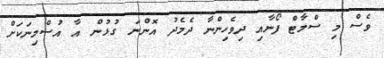
ވެސް މި ސްމާޓް ފޯނާއި ދިވެހިންނާ ދެމެދު އޮންނަ ގުޅުން އާ އުސްމިނަކަށް